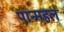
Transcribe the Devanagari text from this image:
पान्महल